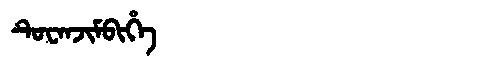
Manchu: ᡨᡠᠸᠠᠨᠵᡳᠮᠪᡳᡥᡝ
Romanization: TUWANJIMBIHE